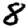
Digit: 8